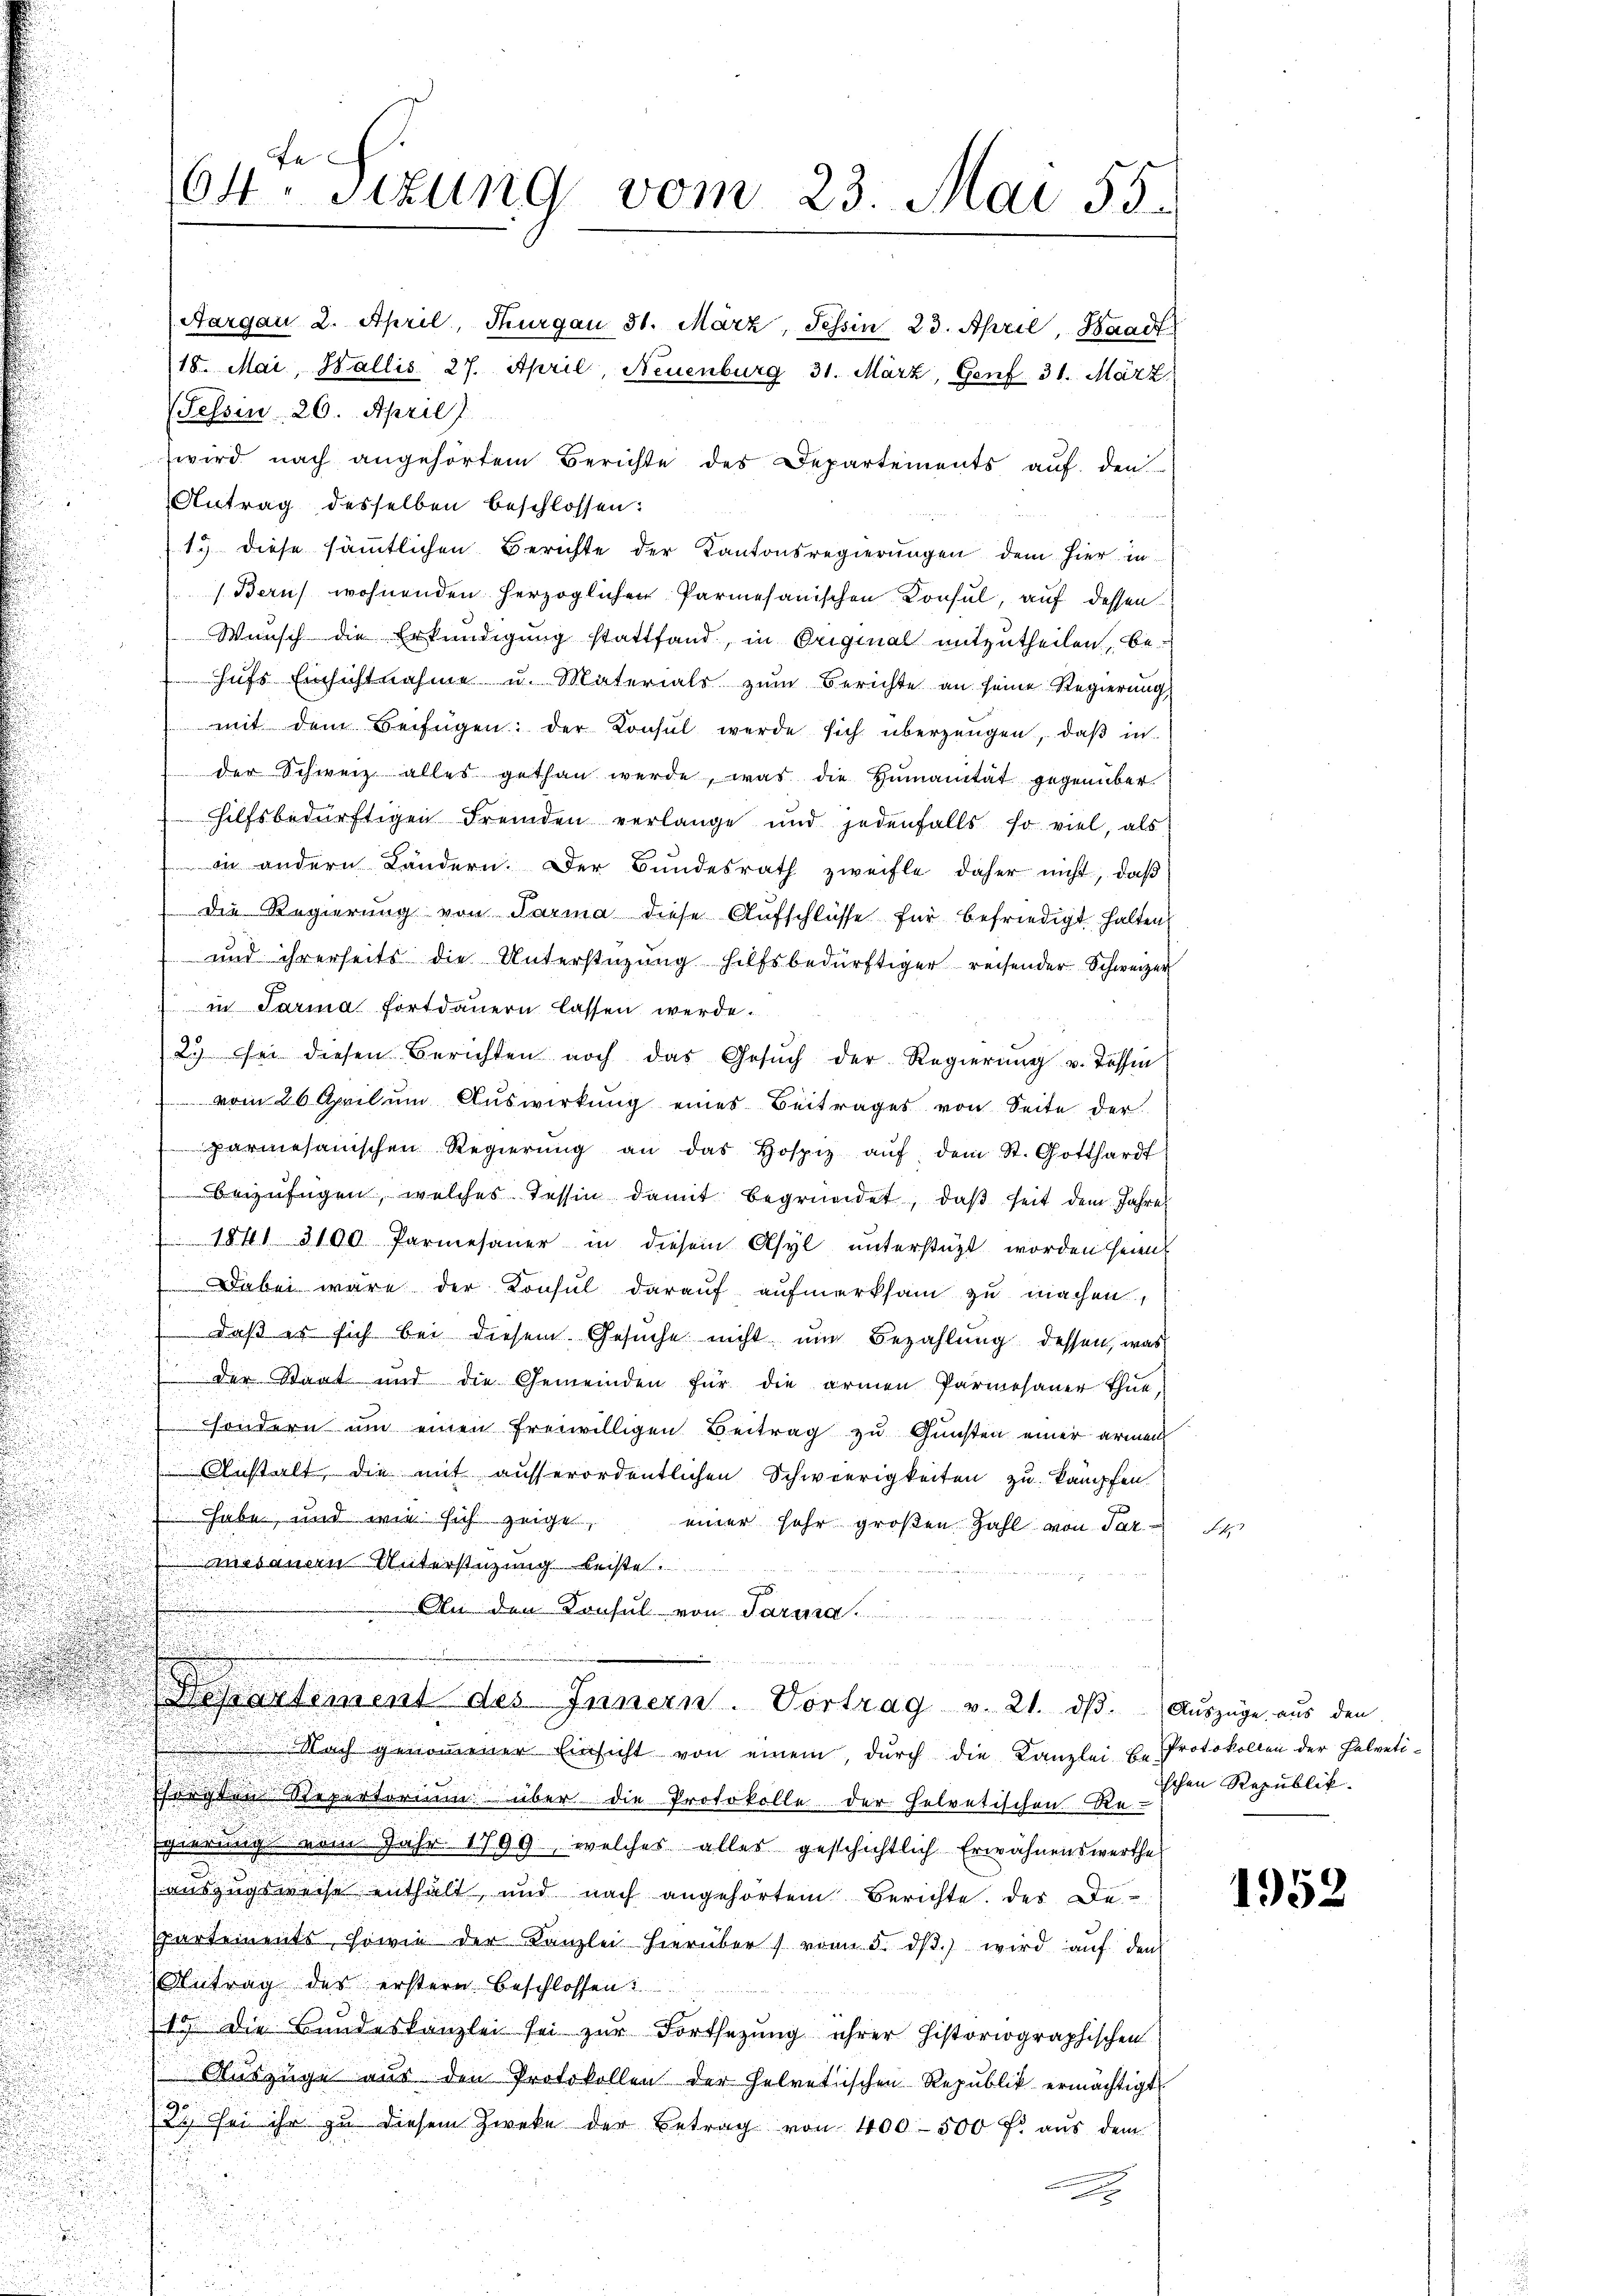
Aargau 2. April, Thurgau 31. März, Tessin 23. April, Waadt
18. Mai, Wallis 27. April, Neuenburg 31. März, Genf 31. März.
(Tessin 26. April)
wird nach angehörtem Berichte des Departements aŭf den
Antrag desselben beschlossen:
1.) diese sämmtlichen Berichte der Kantonsregierungen dem hier in
(Berns wohnenden herzoglichen Parmesanischen Konsul, auf dessen
Wunsch die Erkundigung stattfand, in Original mitzutheilen, behufs Einsichtnahme u. Materials zum Berichte an seine Regierung,
mit dem Beifügen: der Konsul werde sich überzeugen, daβ in
der Schweiz alles gethan werde, was die Humanität gegenüber.
hilfsbedürftigen Fremden verlange und jedenfalls so viel, als
in andern Ländern. Der Bundesrath zweifle daher nicht, daβ
 Die Regierung von Parma diese Aufschlüsse für befriedigt halten,
 und ihrerseits die Unterstüzung hilfsbedürftiger reisender Schweizer
in Sarina fortdauern lassen werde.
23 sei diesen Berichten noch das Gesŭch der Regierŭng u. dassen

 vom 26 April ŭm Aŭswirkŭng eines Beitrages von Seite der
d
parmesanischen Regierŭng an das Hospiz aŭf dem St. Gotthardt
d
beizufügen, welches Tessin damit begründet, daß seit dem Jahres

 1841 3100 Parmesaŭer in diesem Asyl unterstüzt worden sein
u

Dabei wäre der Konsul darauf aufmerksam zu machen,
Daß er sich bei diesem Gesuche nicht und Bezahlung dessen, was
 der Staat und die Gemeinden für die armen Parmosaner thue,
sondern um einen freiwilligen Beitrag zu Gunsten einer armen
Anstalt, die mit außerordentlichen Schwierigkeiten zu kämpfen
habe, und wie sich zeige, einer sehr großen Zahl von Paradamen Unterstüzung leiste.
An den Konsul von Parisa
eartement des Innern. Vortrag v. 21. dß. Auszüge, aus den
 Nach genommener Einsicht von einem, durch die Kanzlei u. Protokollen der Helvetifsorgten Repertorium über die Protokolle der helvetischen Re-
Egierung vom Jahr 1799, welcher alles geschichtlich Erwähnenswerthe
auszugsweise enthält, und nach angehörtem Berichte des De
partements sowie der Kanzlei hierüber von 5. dβ. wird aŭf den
Antrag des erstern beschlossen:
10 die Bundeskanzlei sei zur Fortsetzung ihrer historiographischen
Auszüge aus den Protokollen der helvetischen Republik ermächtigt
22 sei ihr zu diesem Zwecke der Betrag von 400 - 500 f: aus dem
u
u
.
a
e

64te Sitzung vom 23. Mai 55.

ischen Republik.

e

1952